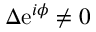
\Delta \mathrm { e } ^ { i \phi } \neq 0